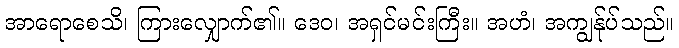
အာရောစေသိ၊ ကြားလျှောက်၏။ ဒေဝ၊ အရှင်မင်းကြီး။ အဟံ၊ အကျွန်ုပ်သည်။